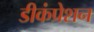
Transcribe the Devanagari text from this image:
डीकंप्रेशन